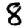
Digit: 8